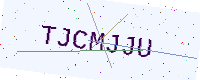
Text: TJCMJJU